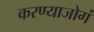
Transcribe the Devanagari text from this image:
करण्याजोगं